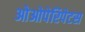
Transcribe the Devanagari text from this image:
ओओपेरिपेटस